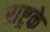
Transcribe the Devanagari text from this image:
राष्ट्रके